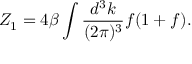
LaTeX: Z _ { 1 } = 4 \beta \int { \frac { d ^ { 3 } k } { ( 2 \pi ) ^ { 3 } } } f ( 1 + f ) .